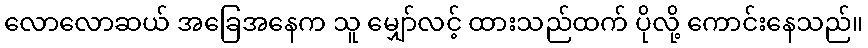
လောလောဆယ် အခြေအနေက သူ မျှော်လင့် ထားသည်ထက် ပိုလို့ ကောင်းနေသည်။